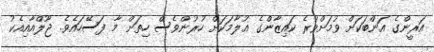
އަރީންގެ އަންބަކަށް ވުމަށްވުރެ ކައިޒާންގެ ޣުލާމަކަށް ހުރުންވެސް ހިތަށް މާ ފަސޭހައެވެ. ޖޫލްއާއިއެކު